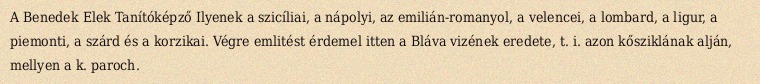
A Benedek Elek Tanítóképző Ilyenek a szicíliai, a nápolyi, az emilián-romanyol, a velencei, a lombard, a ligur, a piemonti, a szárd és a korzikai. Végre emlitést érdemel itten a Bláva vizének eredete, t. i. azon kősziklának alján, mellyen a k. paroch.